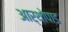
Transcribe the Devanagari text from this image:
आर्थोपाड